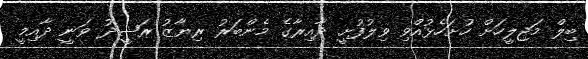
ބިލް މަޖިލީހަށް ހުށަހެޅުއްވި ވިލުފުށީ ދާއިރާގެ މެންބަރު ރިޔާޒު ރަޝީދު ވަނީ ދާއިމީ